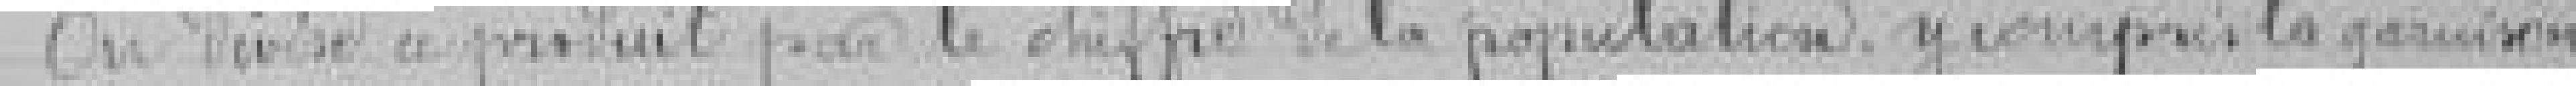
On divise ce produit par le chiffre de la population, y compris la garnison